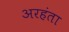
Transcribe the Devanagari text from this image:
अरहंता